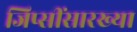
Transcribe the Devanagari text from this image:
जिप्सींसारख्या